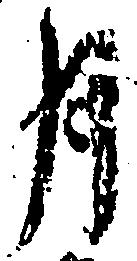
月